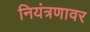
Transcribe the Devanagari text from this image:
नियंत्रणावर